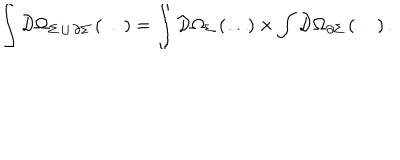
\int { \cal D } \Omega _ { \Sigma \, \cup \, \partial \Sigma } \left( \dots \right) = \int { \cal D } \Omega _ { \Sigma } \left( \dots \right) \times \int { \cal D } \Omega _ { \partial \Sigma } \left( \dots \right) .